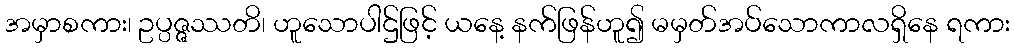
အမှာစကား၊ ဥပ္ပဇ္ဇဿတိ၊ ဟူသောပါဌ်ဖြင့် ယနေ့ နက်ဖြန်ဟူ၍ မမှတ်အပ်သောကာလရှိနေ ရကား